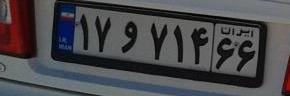
۱۷و۷۱۴۶۶